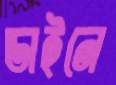
ডাইনে